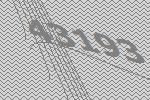
43193